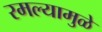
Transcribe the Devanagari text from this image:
रमल्यामुळे